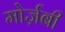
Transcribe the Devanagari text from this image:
मोर्ज़बी